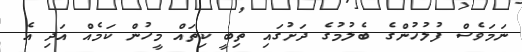
ނަމަވެސް ފުލުހުންގެ ބެލުމުގެ ދަށުގައި ތިބީ ކިތައް މީހުން ކަމެއް އަދި އެ